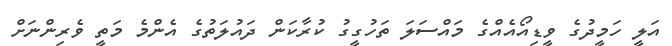
އަލީ ހަމީދުގެ ވީޑިއޯއެއްގެ މައްސަލަ ތަހުގީގު ކުރާކަން ދައުލަތުގެ އެންމެ މަތީ ވެރިންނަށް